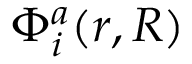
\Phi _ { i } ^ { a } ( r , R )